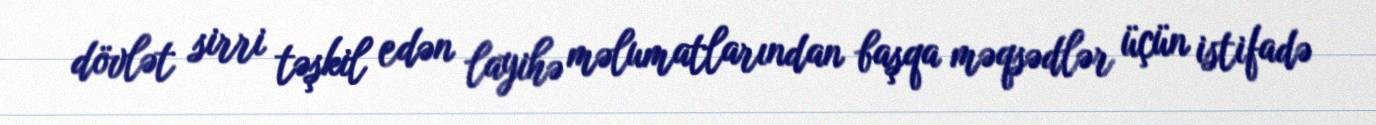
dövlət sirri təşkil edən layihə məlumatlarından başqa məqsədlər üçün istifadə